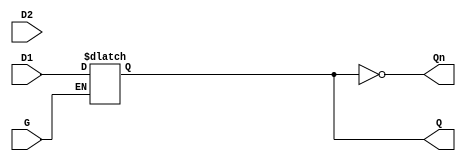
module dual_input_gated_latch (
    input wire D1,        // First data input
    input wire D2,        // Second data input
    input wire G,         // Gate control input (active high)
    output reg Q,         // Latch output
    output wire Qn        // Inverted output
);

    // Inverted output
    assign Qn = ~Q;

    // Always block for latch operation
    always @(*) begin
        if (G) begin
            // If G is high, Q follows the selected data input
            // Here we can select which data input to follow based on additional logic
            // For simplicity, we will follow D1 in this example
            Q = D1; // Change to D2 if you want to follow D2
        end
        // If G is low, Q retains its last state (no assignment needed)
    end

endmodule